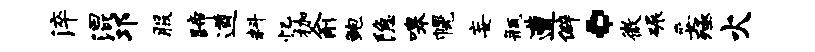
淬混邛服蹄遒料忆枷俞鲍隐嗥幌妄瓶遭僻。微碾妥殛火